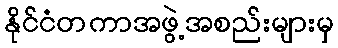
နိုင်ငံတကာအဖွဲ့အစည်းများမှ